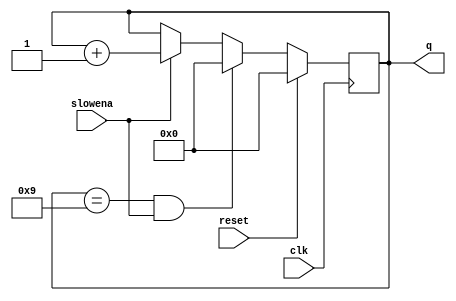
module top_module (
    input clk,
    input slowena,
    input reset,
    output reg [3:0] q);

always @(posedge clk) begin

if(reset) q <= 0;
else if (q == 4'd9 && slowena) q <= 0;
else if (slowena) q<= q+1;
else q <= q;

end
endmodule